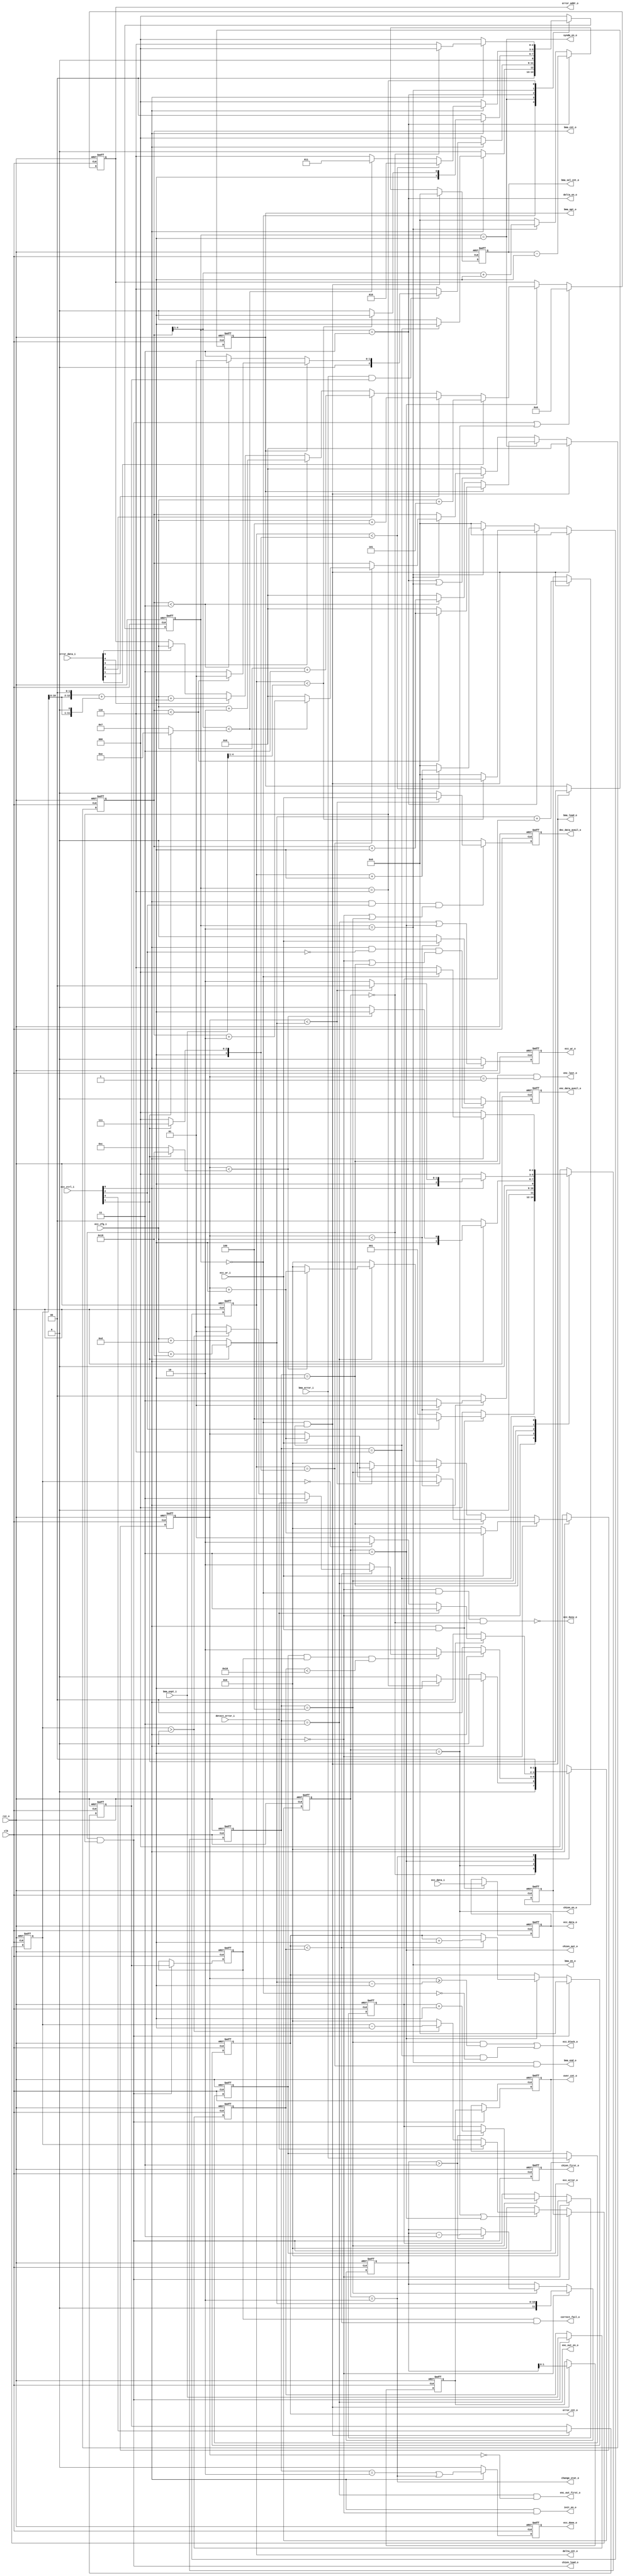
//+File Header//////////////////////////////////////////////////////////////////
//Copyright 2009, shhic. All rights reserved
//Module name : bchecc_fsm
//Department  : security
//Author's mail : xuyx@shhic.com
//------------------------------------------------------------------------ 
// Release history 
// VERSION  Date       AUTHOR       DESCRIPTION 
// 1.0      2010-6-1   Xun Yunxiu   Initial version
//------------------------------------------------------------------------ 
// Other: The IP is based on ECC_V100.
//-File Header//////////////////////////////////////////////////////////////////

`timescale 1ns/100ps
module  bchecc_fsm(
                rst_n,
                clk,
                ecc_ctrl_i,
                ecc_cfg_i,
                ecc_wr_i,
                ecc_data_i,
                bma_error_i,
                bma_expt_i,
                detect_error_i,
                error_data_i,
                
                init_en_o,
                ecc_data_o,
                ecc_wr_o,
                ecc_done_o,
                error_addr_o,
                change_stat_o,
                ecc_busy_o,
                ecc_block_o,
                ecc_error_o,
                correct_fail_o,
               
                enc_data_avail_o,
                dec_data_avail_o,
                enc_last_o,
                enc_out_en_o,
                enc_out_first_o,
               
                bma_opt_o,
                bma_load_o,
                syndm_en_o,
                delta_en_o,
                bma_en_o,
                bma_end_o,
               
                bma_cnt_o,
                delta_cnt_o,
                bma_sel_cnt_o,
               
                chien_load_o,
                chien_en_o,
                chien_out_o,
                chien_first_o,
                over_cnt_o,

                error_cnt_o
                );
////////////////input
input           rst_n;
input           clk;
input   [3:0]   ecc_ctrl_i;
input   [9:0]   ecc_cfg_i;
input           ecc_wr_i;
input   [7:0]   ecc_data_i;
input           bma_error_i;
input   [4:0]   bma_expt_i;
input           detect_error_i;
input   [5:0]   error_data_i;

////////////////output
output          init_en_o;
output  [7:0]   ecc_data_o;
output          ecc_wr_o;
output          ecc_done_o;
output  [12:0]  error_addr_o;
output          change_stat_o;
output          ecc_busy_o;
output          ecc_block_o;
output          ecc_error_o;
output          correct_fail_o;

output          enc_data_avail_o;
output          dec_data_avail_o;
output          enc_last_o;
output          enc_out_en_o;
output          enc_out_first_o;

output          bma_opt_o;
output          bma_load_o;
output          syndm_en_o;
output          delta_en_o;
output          bma_en_o;
output          bma_end_o;

output  [4:0]   bma_cnt_o;
output  [3:0]   delta_cnt_o;
output  [3:0]   bma_sel_cnt_o;

output          chien_load_o;
output          chien_en_o;
output          chien_out_o;
output          chien_first_o;
output  [1:0]   over_cnt_o;
output  [3:0]   error_cnt_o;

////////////////FSM coding
parameter       IDLE        = 3'b000;
parameter       ENC_CALC    = 3'b001;
parameter       ENC_OUT     = 3'b011;
parameter       ENC_DONE    = 3'b010;
parameter       DEC_CALC    = 3'b100;
parameter       DEC_DONE    = 3'b110;

parameter       BMA_IDLE    = 3'b000;
parameter       BMA_SYNDM   = 3'b001;
parameter       BMA_CALC1   = 3'b011;
parameter       BMA_CALC2   = 3'b010;
parameter       BMA_DONE    = 3'b110;

parameter       CHIEN_IDLE  = 2'b00;
parameter       CHIEN_CALC  = 2'b01;
parameter       CHIEN_OUT   = 2'b11;
parameter       CHIEN_DONE  = 2'b10;

////////////////sfr signals
wire            ecc_en;
wire            ecc_opt;
wire            enc_dec;
wire            correct_en;

wire    [11:0]  enc_outcnt;
wire    [11:0]  dec_incnt;
wire    [3:0]   correct_cap;
wire    [3:0]   correct_cap_sub1;

////////////////FSM
reg     [2:0]   current_state;
reg     [2:0]   next_state;

wire            init_en;
wire            idle_st;
wire            enc_calc_st;
wire            enc_out_st;
wire            enc_done_st;
wire            dec_calc_st;
wire            dec_done_st;
reg     [11:0]  ecc_cnt;

////////////////BMA_FSM
reg     [2:0]   current_bma_state;
reg     [2:0]   next_bma_state;

wire            bma_idle_st;
wire            bma_syndm_st;
wire            bma_calc1_st;
wire            bma_calc2_st;
wire            bma_done_st;

reg     [4:0]   bma_cnt;
reg     [3:0]   delta_cnt;
reg     [3:0]   bma_sel_cnt;

wire            bma_load;
reg             bma_opt;
reg             bma_correct_en;

////////////////CHIEN_FSM
reg     [1:0]   current_chien_state;
reg     [1:0]   next_chien_state;

wire            chien_idle_st;
wire            chien_calc_st;
wire            chien_out_st;
wire            chien_done_st;
reg             chien_first;

reg     [11:0]  chien_cnt_tmp0;
reg     [11:0]  chien_cnt_tmp1;
reg     [11:0]  chien_cnt_tmp2;
reg     [1:0]   over_cnt_tmp;
reg     [1:0]   over_cnt;
reg     [11:0]  chien_cnt;
reg     [3:0]   error_cnt;
reg     [12:0]  error_addr;

wire            chien_load;
reg             chien_correct_en;
reg     [4:0]   chien_expt;
reg             chien_error;

////////////////ecc data
reg     [7:0]   ecc_data;
reg             enc_data_avail;
reg             dec_data_avail;
reg             ecc_wr;
reg             ecc_done;

////////////////sfr signals
assign  ecc_en     = ecc_ctrl_i[0];
assign  ecc_opt    = ecc_ctrl_i[1];
assign  enc_dec    = ecc_ctrl_i[2];
assign  correct_en = ecc_ctrl_i[3];

assign  enc_outcnt  = ecc_opt ? 12'h018 : 12'h00C;
assign  dec_incnt   = ecc_opt ? ({2'b00,ecc_cfg_i} + 12'h018) 
                              : ({2'b00,ecc_cfg_i} + 12'h00D);
assign  correct_cap = ecc_opt ? 4'hF : 4'h8;
assign  correct_cap_sub1 = ecc_opt ? 4'hE : 4'h7;

////////////////FSM
always  @(negedge rst_n or posedge clk)
begin
    if(!rst_n)
        begin
            current_state <= IDLE;
        end
    else
        begin
            current_state <= next_state;
        end
end

always  @(*)
begin
    case(current_state)
        IDLE:
            begin
                if(ecc_en && ecc_wr_i)
                    begin
                        if(enc_dec)
                            begin
                                next_state = DEC_CALC;
                            end
                        else
                            begin
                                next_state = ENC_CALC;
                            end
                    end
                else
                    begin
                        next_state = IDLE;
                    end
            end
        ENC_CALC:
            begin
                if(ecc_en)
                    begin
                        if(ecc_cnt < {2'b00,ecc_cfg_i})
                            begin
                                next_state = ENC_CALC;
                            end
                        else
                            begin
                                next_state = ENC_OUT;
                            end
                    end
                else
                    begin
                        next_state = IDLE;
                    end
            end
        ENC_OUT:
            begin
                if(ecc_en)
                    begin
                        if(ecc_cnt < enc_outcnt)
                            begin
                                next_state = ENC_OUT;
                            end
                        else
                            begin
                                next_state = ENC_DONE;
                            end
                    end
                else
                    begin
                        next_state = IDLE;
                    end
            end
        ENC_DONE:   
            begin
                next_state = IDLE;
            end
        DEC_CALC:
            begin
                if(ecc_en)
                    begin
                        if(ecc_cnt < dec_incnt)
                            begin
                                next_state = DEC_CALC;
                            end
                        else
                            begin
                                next_state = DEC_DONE;
                            end
                    end
                else
                    begin
                        next_state = IDLE;
                    end
            end
        DEC_DONE:
            begin
                if(ecc_en)
                    begin
                        if(bma_idle_st)
                            begin
                                next_state = IDLE;
                            end
                        else
                            begin
                                next_state = DEC_DONE;
                            end
                    end
                else
                    begin
                        next_state = IDLE;
                    end
            end
        default:
            begin
                next_state = IDLE;
            end
    endcase
end

assign  init_en     = ecc_en & idle_st;
assign  idle_st     = (current_state == IDLE);
assign  enc_calc_st = (current_state == ENC_CALC);
assign  enc_out_st  = (current_state == ENC_OUT);
assign  enc_done_st = (current_state == ENC_DONE);
assign  dec_calc_st = (current_state == DEC_CALC);
assign  dec_done_st = (current_state == DEC_DONE);

always  @(negedge rst_n or posedge clk)
begin
    if(!rst_n)
        begin
            ecc_cnt <= 12'h000;
        end
    else if(ecc_en)
        begin
            if(idle_st)
                begin
                    if(ecc_wr_i)
                        begin
                            ecc_cnt <= ecc_cnt + 12'h001;
                        end
                    else
                        begin
                            ecc_cnt <= 12'h000;
                        end
                end
            else if(enc_calc_st)
                begin
                    if(ecc_cnt < {2'b00,ecc_cfg_i})
                        begin
                            if(ecc_wr_i)
                                begin
                                    ecc_cnt <= ecc_cnt + 12'h001;
                                end
                        end
                    else
                        begin
                            ecc_cnt <= 12'h000;
                        end
                end
            else if(dec_calc_st)
                begin
                    if(ecc_cnt < dec_incnt)
                        begin
                            if(ecc_wr_i)
                                begin
                                    ecc_cnt <= ecc_cnt + 12'h001;
                                end
                        end
                    else
                        begin
                            ecc_cnt <= 12'h000;
                        end
                end
            else if(enc_out_st)
                begin
                    if(ecc_cnt < enc_outcnt)
                        begin
                            ecc_cnt <= ecc_cnt + 12'h001;
                        end
                    else
                        begin
                            ecc_cnt <= 12'h000;
                        end
                end
            else
                begin
                    ecc_cnt <= 12'h000;
                end
        end
    else
        begin
            ecc_cnt <= 12'h000;
        end
end

////////////////BMA_FSM
assign  bma_load = bma_idle_st && dec_done_st;

always  @(negedge rst_n or posedge clk)
begin
    if(!rst_n)
        begin
            current_bma_state <= BMA_IDLE;
        end
    else
        begin
            current_bma_state <= next_bma_state;
        end
end

always  @(*)
begin
    case(current_bma_state)
        BMA_IDLE:
            begin
                if(ecc_en)
                    begin
                        if(dec_done_st)
                            begin
                                next_bma_state = BMA_SYNDM;
                            end
                        else
                            begin
                                next_bma_state = BMA_IDLE;
                            end
                    end
                else
                    begin
                        next_bma_state = BMA_IDLE;
                    end
            end
        BMA_SYNDM:
            begin
                if(ecc_en)
                    begin
                        if(bma_error_i && bma_correct_en)
                            begin
                                if(bma_opt)
                                    begin
                                        if(bma_cnt < 5'h06)
                                            begin
                                                next_bma_state = BMA_SYNDM;
                                            end
                                        else
                                            begin
                                                next_bma_state = BMA_CALC1;
                                            end
                                    end
                                else
                                    begin
                                        if(bma_cnt < 5'h03)
                                            begin
                                                next_bma_state = BMA_SYNDM;
                                            end
                                        else
                                            begin
                                                next_bma_state = BMA_CALC1;
                                            end
                                    end
                            end
                        else
                            begin
                                next_bma_state = BMA_DONE;
                            end
                    end
                else
                    begin
                        next_bma_state = BMA_IDLE;
                    end
            end
        BMA_CALC1:
            begin
                if(ecc_en)
                    begin
                        if(delta_cnt < bma_expt_i[4:1])
                            begin
                                next_bma_state = BMA_CALC1;
                            end
                        else
                            begin
                                next_bma_state = BMA_CALC2;
                            end
                    end
                else
                    begin
                        next_bma_state = BMA_IDLE;
                    end
            end
        BMA_CALC2:
            begin
                if(ecc_en)
                    begin
                        if(delta_cnt < correct_cap)
                            begin
                                next_bma_state = BMA_CALC2;
                            end
                        else
                            begin
                                if(bma_cnt[4:1] < correct_cap_sub1)
                                    begin
                                        next_bma_state = BMA_CALC1;
                                    end
                                else
                                    begin
                                        next_bma_state = BMA_DONE;
                                    end
                            end
                    end
                else
                    begin
                        next_bma_state = BMA_IDLE;
                    end
            end
        BMA_DONE:
            begin
                if(ecc_en)
                    begin
                        if(chien_idle_st)
                            begin
                                next_bma_state = BMA_IDLE;
                            end
                        else
                            begin
                                next_bma_state = BMA_DONE;
                            end
                    end
                else
                    begin
                        next_bma_state = BMA_IDLE;
                    end
            end
        default:
            begin
                next_bma_state = BMA_IDLE;
            end
    endcase
end

assign  bma_idle_st  = (current_bma_state==BMA_IDLE);
assign  bma_syndm_st = (current_bma_state==BMA_SYNDM);
assign  bma_calc1_st = (current_bma_state==BMA_CALC1);
assign  bma_calc2_st = (current_bma_state==BMA_CALC2);
assign  bma_done_st  = (current_bma_state==BMA_DONE);

always  @(negedge rst_n or posedge clk)
begin
    if(!rst_n)
        begin
            bma_opt <= 1'b0;
        end
    else if(bma_load)
        begin
            bma_opt <= ecc_opt;
        end
end

always  @(negedge rst_n or posedge clk)
begin
    if(!rst_n)
        begin
            bma_correct_en <= 1'b0;
        end
    else if(bma_load)
        begin
            bma_correct_en <= correct_en;
        end
end

always  @(negedge rst_n or posedge clk)
begin
    if(!rst_n)
        begin
            bma_cnt <= 5'h00;
        end
    else if(bma_load)
        begin
            bma_cnt <= 5'h00;
        end
    else if(bma_syndm_st)
        begin
            if(bma_opt)
                begin
                    if(bma_cnt < 5'h06)
                        begin
                            bma_cnt <= bma_cnt + 5'h01;
                        end
                    else
                        begin
                            bma_cnt <= 5'h00;
                        end
                end
            else
                begin
                    if(bma_cnt < 5'h03)
                        begin
                            bma_cnt <= bma_cnt + 5'h01;
                        end
                    else
                        begin
                            bma_cnt <= 5'h00;
                        end
                end
        end
    else if(bma_calc1_st || bma_calc2_st)
        begin
            if(bma_calc2_st)
                begin
                    if(delta_cnt == correct_cap)
                        begin
                            if(bma_cnt[4:1] < correct_cap_sub1)
                                begin
                                    bma_cnt <= bma_cnt + 5'h02;
                                end
                            else
                                begin
                                    bma_cnt <= 5'h00;
                                end
                        end
                end
        end
    else
        begin
            bma_cnt <= 5'h00;
        end
end

always  @(negedge rst_n or posedge clk)
begin
    if(!rst_n)
        begin
            delta_cnt <= 4'h0;
        end
    else if(bma_load)
        begin
            delta_cnt <= 4'h0;
        end
    else if(bma_calc1_st)
        begin
            if(delta_cnt < bma_expt_i[4:1])
                begin
                    delta_cnt <= delta_cnt + 4'h1;
                end
            else
                begin
                    delta_cnt <= 4'h0;
                end
        end
    else if(bma_calc2_st)
        begin
            if(delta_cnt < correct_cap)
                begin
                    delta_cnt <= delta_cnt + 4'h1;
                end
            else
                begin
                    delta_cnt <= 4'h0;
                end
        end
    else
        begin
            delta_cnt <= 4'h0;
        end
end

always  @(negedge rst_n or posedge clk)
begin
    if(!rst_n)
        begin
            bma_sel_cnt <= 4'h0;
        end
    else if(bma_load)
        begin
            bma_sel_cnt <= 4'h0;
        end
    else if(bma_calc1_st)
        begin
            bma_sel_cnt <= bma_sel_cnt - 4'h1;
        end
    else if(bma_calc2_st)
        begin
            bma_sel_cnt <= bma_cnt[4:1] + 4'h1;
        end
    else
        begin
            bma_sel_cnt <= 4'h0;
        end
end

////////////////CHIEN_FSM
assign  chien_load = chien_idle_st && bma_done_st;

always  @(negedge rst_n or posedge clk)
begin
    if(!rst_n)
        begin
            current_chien_state <= CHIEN_IDLE;
        end
    else
        begin
            current_chien_state <= next_chien_state;
        end
end

always  @(*)
begin
    case(current_chien_state)
        CHIEN_IDLE:
            begin
                if(ecc_en)
                    begin
                        if(bma_done_st)
                            begin
                                next_chien_state = CHIEN_CALC;
                            end
                        else
                            begin
                                next_chien_state = CHIEN_IDLE;
                            end
                    end
                else
                    begin
                        next_chien_state = CHIEN_IDLE;
                    end
            end
        CHIEN_CALC:
            begin
                if(ecc_en)
                    begin
                        if(chien_error && chien_correct_en && (chien_expt<5'h10))
                            begin
                                if({1'b0,error_cnt} < chien_expt)
                                    begin
                                    	  if(detect_error_i)
                                            begin
                                                next_chien_state = CHIEN_OUT;
                                            end
                                        else if(chien_cnt > 12'h000)
                                            begin
                                                next_chien_state = CHIEN_CALC;
                                            end
                                        else
                                            begin
                                                next_chien_state = CHIEN_DONE;
                                            end
                                    end
                                else
                                    begin
                                        next_chien_state = CHIEN_DONE;
                                    end
                            end
                        else
                            begin
                                next_chien_state = CHIEN_DONE;
                            end
                    end
                else
                    begin
                        next_chien_state = CHIEN_IDLE;
                    end
            end
        CHIEN_OUT:
            begin
                if(ecc_en)
                    begin
                        if(detect_error_i)
                            begin
                                next_chien_state = CHIEN_OUT;
                            end
                        else if(chien_cnt==12'h000)
                            begin
                                next_chien_state = CHIEN_DONE;
                            end
                        else
                            begin
                                next_chien_state = CHIEN_CALC;
                            end
                    end
                else
                    begin
                        next_chien_state = CHIEN_IDLE;
                    end
            end
        CHIEN_DONE:
            begin
                next_chien_state = CHIEN_IDLE;
            end
        default:
            begin
                next_chien_state = CHIEN_IDLE;
            end
    endcase
end

assign  chien_idle_st = (current_chien_state==CHIEN_IDLE);
assign  chien_calc_st = (current_chien_state==CHIEN_CALC);
assign  chien_out_st  = (current_chien_state==CHIEN_OUT);
assign  chien_done_st = (current_chien_state==CHIEN_DONE);

always  @(negedge rst_n or posedge clk)
begin
    if(!rst_n)
        begin
            chien_correct_en <= 1'b0;
        end
    else if(chien_load)
        begin
            chien_correct_en <= bma_correct_en;
        end
end

always  @(negedge rst_n or posedge clk)
begin
    if(!rst_n)
        begin
            chien_error <= 1'b0;
        end
    else if(chien_load)
        begin
            chien_error <= bma_error_i;
        end
end

always  @(negedge rst_n or posedge clk)
begin
    if(!rst_n)
        begin
            chien_expt <= 5'h00;
        end
    else if(chien_load)
        begin
            chien_expt <= bma_expt_i;
        end
end

always  @(negedge rst_n or posedge clk)
begin
    if(!rst_n)
        begin
            chien_cnt_tmp0 <= 12'h000;
        end
    else if(idle_st)
        begin
            chien_cnt_tmp0 <= dec_incnt;
        end
    else if(dec_calc_st)
        begin
            if(chien_cnt_tmp0 > 12'h003)
                begin
                    chien_cnt_tmp0 <= chien_cnt_tmp0 - 12'h003;
                end
        end
end

always  @(negedge rst_n or posedge clk)
begin
    if(!rst_n)
        begin
            chien_cnt_tmp1 <= 12'h000;
        end
    else if(idle_st)
        begin
            chien_cnt_tmp1 <= 12'h000;
        end
    else if(dec_calc_st)
        begin
            if(chien_cnt_tmp0 > 12'h003)
                begin
                    chien_cnt_tmp1 <= chien_cnt_tmp1 + 12'h001;
                end
        end
end

always  @(negedge rst_n or posedge clk)
begin
    if(!rst_n)
        begin
            chien_cnt_tmp2 <= 12'h000;
        end
    else if(bma_load)
        begin
            chien_cnt_tmp2 <= dec_incnt + chien_cnt_tmp1;
        end
end

always  @(negedge rst_n or posedge clk)
begin
    if(!rst_n)
        begin
            over_cnt_tmp <= 2'b00;
        end
    else if(bma_load)
        begin
            over_cnt_tmp <= chien_cnt_tmp0[1:0];
        end
end

always  @(negedge rst_n or posedge clk)
begin
    if(!rst_n)
        begin
            over_cnt <= 2'b00;
        end
    else if(chien_load)
        begin
            over_cnt <= over_cnt_tmp;
        end
end

always  @(negedge rst_n or posedge clk)
begin
    if(!rst_n)
        begin
            chien_first <= 1'b0;
        end
    else
        begin
            chien_first <= chien_load;
        end
end

always  @(negedge rst_n or posedge clk)
begin
    if(!rst_n)
        begin
            chien_cnt <= 12'h000;
        end
    else if(chien_load)
        begin
            chien_cnt <= chien_cnt_tmp2;
        end
    else if(chien_calc_st || chien_out_st)
        begin
            if(!detect_error_i)
                begin
                    if(chien_cnt > 12'h000)
                        begin
                            chien_cnt <= chien_cnt - 12'h001;
                        end
                    else
                        begin
                            chien_cnt <= 12'h000;
                        end
                end
        end
    else
        begin
            chien_cnt <= 12'h000;
        end
end

always  @(negedge rst_n or posedge clk)
begin
    if(!rst_n)
        begin
            error_cnt <= 4'h0;
        end
    else if(chien_load)
        begin
            error_cnt <= 4'h0;
        end
    else if(chien_out_st)
        begin
            if({1'b0,error_cnt} < chien_expt)
                begin
                    error_cnt <= error_cnt + 4'h1;
                end
        end
end

always  @(negedge rst_n or posedge clk)
begin
    if(!rst_n)
        begin
            error_addr <= 13'h0000;
        end
    else if(chien_load || chien_calc_st)
        begin
            error_addr <= 13'h0000;
        end
    else if(chien_out_st)
        begin
            if(error_data_i[0])
                begin
                    error_addr <= {chien_cnt[10:0],2'b00} + {1'b0,chien_cnt[10:0],1'b0} + 13'h0005;
                end
            else if(error_data_i[1])
                begin
                    error_addr <= {chien_cnt[10:0],2'b00} + {1'b0,chien_cnt[10:0],1'b0} + 13'h0004;
                end
            else if(error_data_i[2])
                begin
                    error_addr <= {chien_cnt[10:0],2'b00} + {1'b0,chien_cnt[10:0],1'b0} + 13'h0003;
                end
            else if(error_data_i[3])
                begin
                    error_addr <= {chien_cnt[10:0],2'b00} + {1'b0,chien_cnt[10:0],1'b0} + 13'h0002;
                end
            else if(error_data_i[4])
                begin
                    error_addr <= {chien_cnt[10:0],2'b00} + {1'b0,chien_cnt[10:0],1'b0} + 13'h0001;
                end
            else if(error_data_i[5])
                begin
                    error_addr <= {chien_cnt[10:0],2'b00} + {1'b0,chien_cnt[10:0],1'b0};
                end
        end
end

////////////////ecc data
always  @(negedge rst_n or posedge clk)
begin
    if(!rst_n)
        begin
            ecc_data <= 8'h00;
        end
    else if(ecc_en && ecc_wr_i)
        begin
            ecc_data <= ecc_data_i;
        end
end

always  @(negedge rst_n or posedge clk)
begin
    if(!rst_n)
        begin
            enc_data_avail <= 1'b0;
        end
    else if(ecc_en && (enc_dec==1'b0) && (idle_st || enc_calc_st))
        begin
            if(ecc_cnt < {2'b00,ecc_cfg_i})
                begin
                    enc_data_avail <= ecc_wr_i;
                end
            else
                begin
                    enc_data_avail <= 1'b0;
                end
        end
    else
        begin
            enc_data_avail <= 1'b0;
        end
end

always  @(negedge rst_n or posedge clk)
begin
    if(!rst_n)
        begin
            dec_data_avail <= 1'b0;
        end
    else if(ecc_en && (enc_dec==1'b1) && (idle_st || dec_calc_st))
        begin
            if(ecc_cnt < dec_incnt)
                begin
                    dec_data_avail <= ecc_wr_i;
                end
            else
                begin
                    dec_data_avail <= 1'b0;
                end
        end
    else
        begin
            dec_data_avail <= 1'b0;
        end
end

always  @(negedge rst_n or posedge clk)
begin
    if(!rst_n)
        begin
            ecc_wr <= 1'b0;
        end
    else if(ecc_en)
        begin
            ecc_wr <= enc_out_st || chien_out_st;
        end
    else
        begin
            ecc_wr <= 1'b0;
        end
end

always  @(negedge rst_n or posedge clk)
begin
    if(!rst_n)
        begin
            ecc_done <= 1'b0;
        end
    else if(ecc_en)
        begin
            ecc_done <= enc_done_st || chien_done_st;
        end
    else
        begin
            ecc_done <= 1'b0;
        end
end

////////////////output for encoder and syndm
assign  init_en_o  = init_en;
assign  ecc_data_o = ecc_data;
assign  enc_data_avail_o = enc_data_avail;
assign  dec_data_avail_o = dec_data_avail;
assign  enc_last_o      = enc_calc_st && (ecc_cnt == {2'b00,ecc_cfg_i});
assign  enc_out_en_o    = enc_out_st;
assign  enc_out_first_o = enc_out_st && (ecc_cnt==12'h000);

assign  ecc_wr_o   = ecc_wr;
assign  ecc_done_o = ecc_done;

////////////////output for bma
assign  bma_opt_o  = bma_opt;
assign  bma_load_o = bma_load;
assign  syndm_en_o = bma_syndm_st;
assign  delta_en_o = bma_calc1_st;
assign  bma_en_o   = bma_calc2_st;
assign  bma_end_o  = bma_calc2_st && (delta_cnt == correct_cap);

assign  bma_cnt_o     = bma_cnt;
assign  delta_cnt_o   = delta_cnt;
assign  bma_sel_cnt_o = bma_sel_cnt;

////////////////output for chien
assign  chien_load_o = chien_load;
assign  chien_en_o   = chien_calc_st;
assign  chien_out_o  = chien_out_st;
assign  chien_first_o = chien_first;
assign  over_cnt_o   = over_cnt;
assign  error_cnt_o  = error_cnt;
assign  error_addr_o = error_addr;

assign  change_stat_o  = chien_done_st;
assign  ecc_busy_o     = ~(idle_st & bma_idle_st & chien_idle_st);
assign  ecc_block_o    = (dec_calc_st && (ecc_cnt>=dec_incnt-12'h001)) || (dec_done_st && ~bma_idle_st);
assign  ecc_error_o    = chien_error;
assign  correct_fail_o = chien_correct_en && ({1'b0,error_cnt} < chien_expt);

endmodule